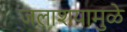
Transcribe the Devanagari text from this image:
जलाशयामुळे